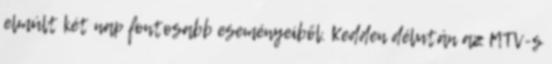
elmúlt két nap fontosabb eseményeiből. Kedden délután az MTV-s